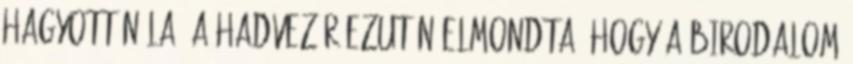
hagyott nála. A hadvezér ezután elmondta, hogy a Birodalom